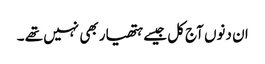
ان دنوں آج کل جیسے ہتھیار بھی نہیں تھے ۔